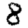
Digit: 8